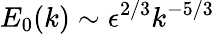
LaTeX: E_{0}(k)\sim\epsilon^{2/3}k^{-5/3}